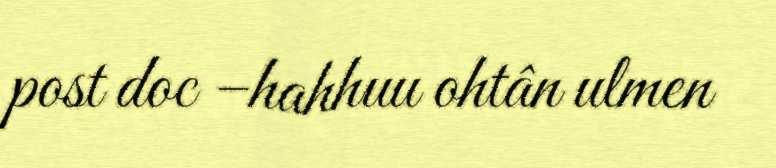
post doc –hahhuu ohtân ulmen